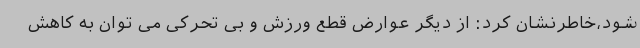
شود،خاطرنشان کرد: از دیگر عوارض قطع ورزش و بی تحرکی می توان به کاهش